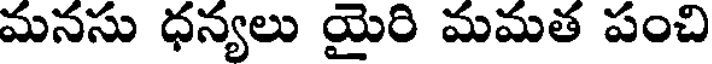
మనసు ధన్యలు యైరి మమత పంచి